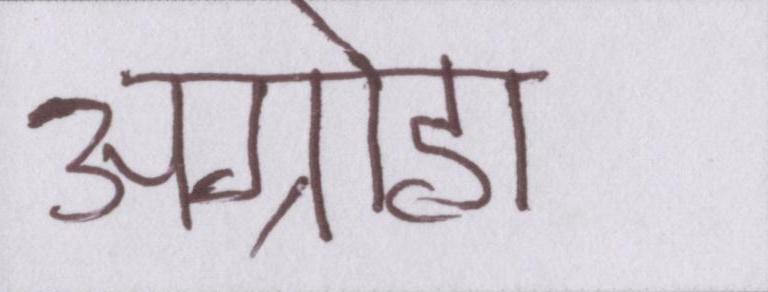
अग्रोहा